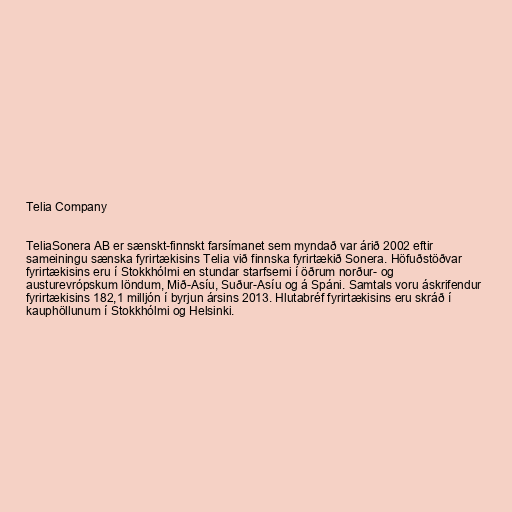
Telia Company

TeliaSonera AB er sænskt-finnskt farsímanet sem myndað var árið 2002 eftir
sameiningu sænska fyrirtækisins Telia við finnska fyrirtækið Sonera. Höfuðstöðvar
fyrirtækisins eru í Stokkhólmi en stundar starfsemi í öðrum norður- og
austurevrópskum löndum, Mið-Asíu, Suður-Asíu og á Spáni. Samtals voru áskrifendur
fyrirtækisins 182,1 milljón í byrjun ársins 2013. Hlutabréf fyrirtækisins eru skráð í
kauphöllunum í Stokkhólmi og Helsinki.